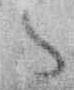
々